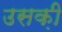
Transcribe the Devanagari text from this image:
उसक़ी